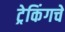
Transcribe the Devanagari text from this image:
ट्रेकिंगचे